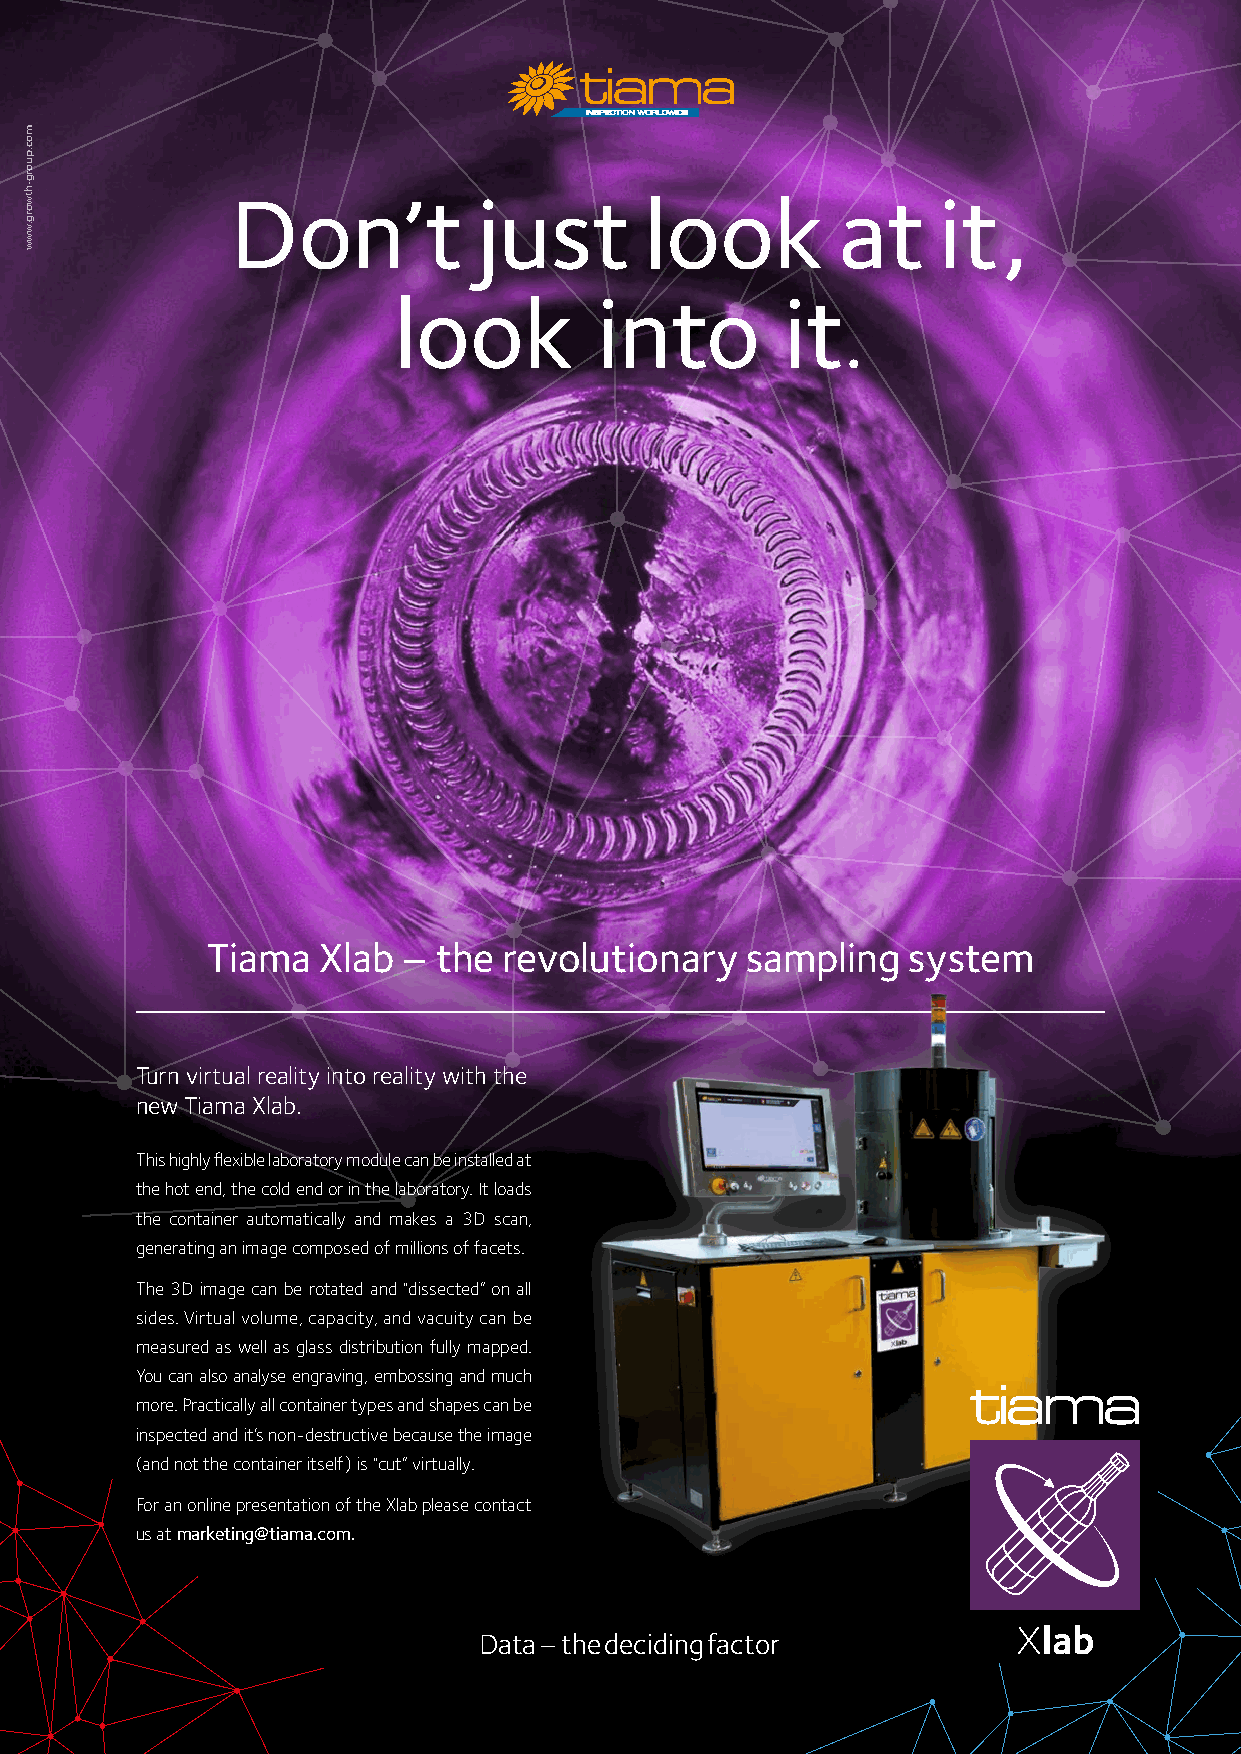
Don’t            just       look        at     it,
 look          into        it.
 Tiama  Xlab  – the revolutionary   sampling   system
 Turn virtual reality into reality with the
 new Tiama Xlab.
 This highly flexible laboratory module can be installed at
 the hot end, the cold end or in the laboratory. It loads
 the container automatically and makes a 3D scan,
 generating an image composed of millions of facets.
 The 3D image can be rotated and “dissected” on all
 sides. Virtual volume, capacity, and vacuity can be
 measured as well as glass distribution fully mapped.
 You can also analyse engraving, embossing and much
 more. Practically all container types and shapes can be
 inspected and it’s non-destructive because the image
 (and not the container itself) is “cut” virtually.
 For an online presentation of the Xlab please contact
 us at marketing@tiama.com.
 Data – the deciding factor
 moc.puorg-htworg.www